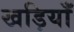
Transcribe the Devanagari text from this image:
खड़ियाँ